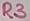
Text: R3